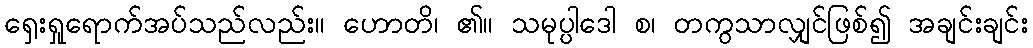
ရှေးရှုရောက်အပ်သည်လည်း။ ဟောတိ၊ ၏။ သမုပ္ပါဒေါ စ၊ တကွသာလျှင်ဖြစ်၍ အချင်းချင်း